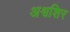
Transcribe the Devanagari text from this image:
अश्वशिर